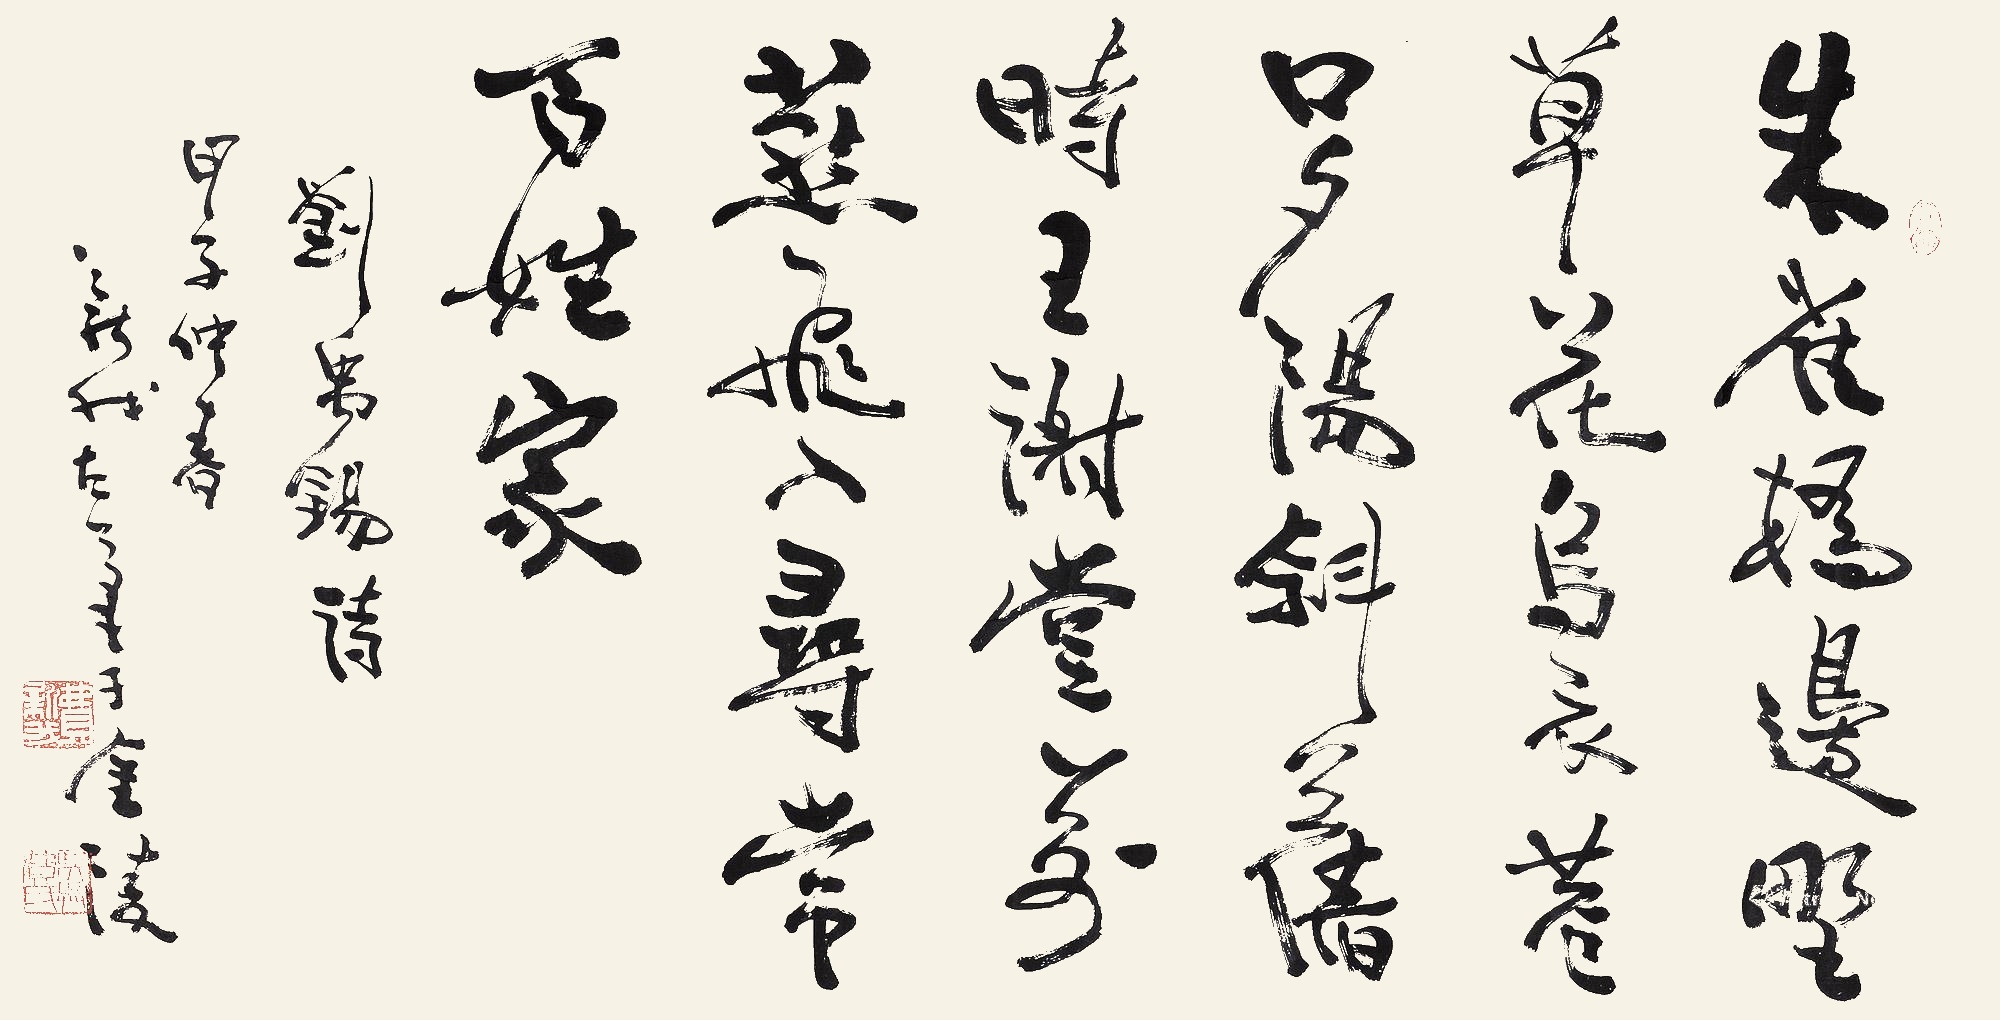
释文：朱雀桥边野草花，乌衣巷口夕阳斜。旧时王谢堂前燕，飞入寻常百姓家。刘禹锡诗，甲子仲春，新我左笔于金陵。